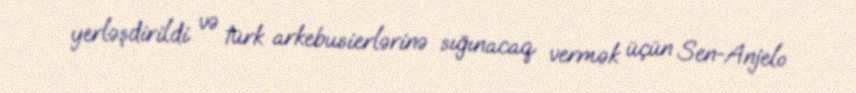
yerləşdirildi və türk arkebusierlərinə sığınacaq vermək üçün Sen-Anjelo